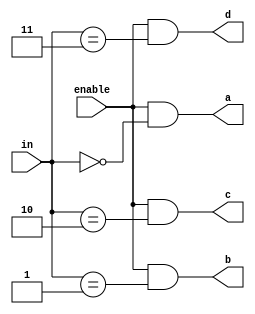
module decoder_2bit(
	// Inputs
	in,
	enable,
	// Outputs
	a,
	b,
	c,
	d
);

input	[1:0]	in;
input		enable;

output	a;
output	b;
output	c;
output	d;

assign a = enable & (in == 2'b00);
assign b = enable & (in == 2'b01);
assign c = enable & (in == 2'b10);
assign d = enable & (in == 2'b11);

endmodule